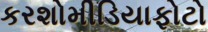
કરશોમીડિયાફોટો